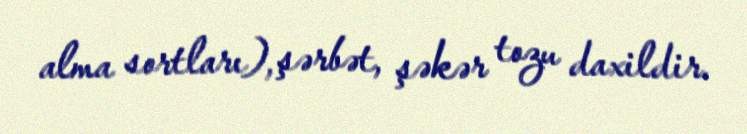
alma sortları), şərbət, şəkər tozu daxildir.